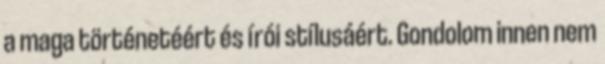
a maga történetéért és írói stílusáért. Gondolom innen nem